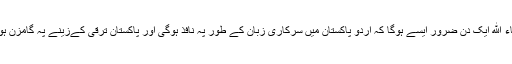
انشاء الله ایک دن ضرور ایسے ہوگا کہ اردو پاکستان میں سرکاری زبان کے طور پہ نافذ ہوگی اور پاکستان ترقی کےزینے پہ گامزن ہوگا۔